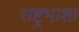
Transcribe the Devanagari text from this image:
राष्ट्रभाशा